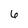
Character: 6